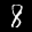
Label: 8